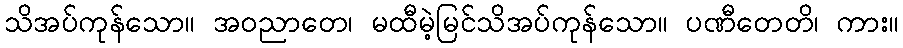
သိအပ်ကုန်သော။ အဝညာတေ၊ မထီမဲ့မြင်သိအပ်ကုန်သော။ ပဏီတေတိ၊ ကား။